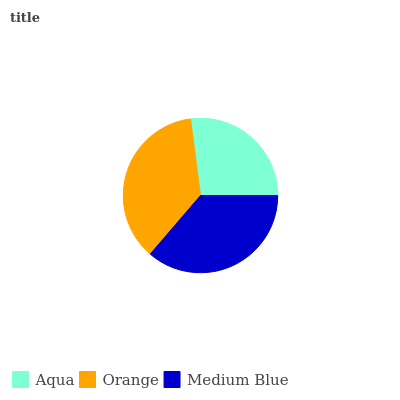
| Aqua | Orange | Medium Blue |
 | --- | --- | --- |
 | 27.1% | 36.6% | 36.3% |